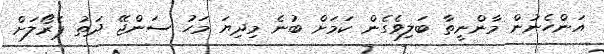
އަންހެނުން މާންނީތާ ބަލިވެގެން ކަމަށް ބުނެ މިދިޔަ މަހު ސަންޖޭ ދަތު ޕެރޯލަށް